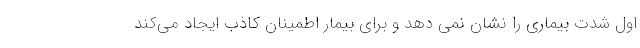
اول شدت بیماری را نشان نمی دهد و برای بیمار اطمینان کاذب ایجاد می‌کند